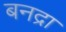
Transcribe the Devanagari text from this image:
बनद्रा